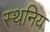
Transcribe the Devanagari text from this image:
स्थनिय